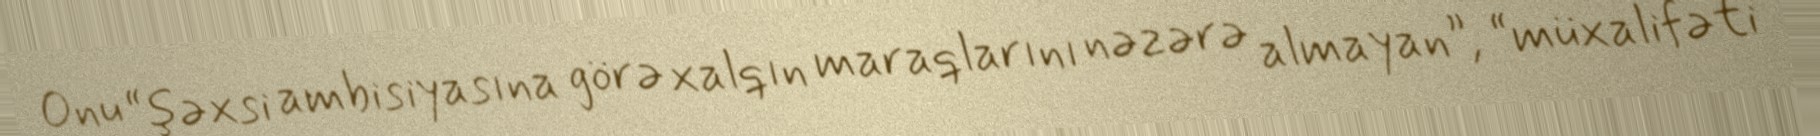
Onu “şəxsi ambisiyasına görə xalqın maraqlarını nəzərə almayan”, “müxalifəti